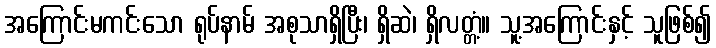
အကြောင်းမကင်းသော ရုပ်နာမ် အစုသာရှိပြီး၊ ရှိဆဲ၊ ရှိလတ္တံ့။ သူ့အကြောင်းနှင့် သူဖြစ်၍